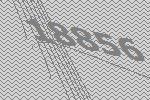
18856